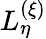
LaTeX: L_{\eta}^{(\xi)}